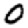
Digit: 0